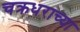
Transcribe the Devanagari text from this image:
चक्रधराच्या